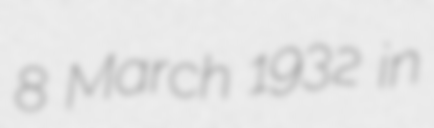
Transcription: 8 March 1932 in